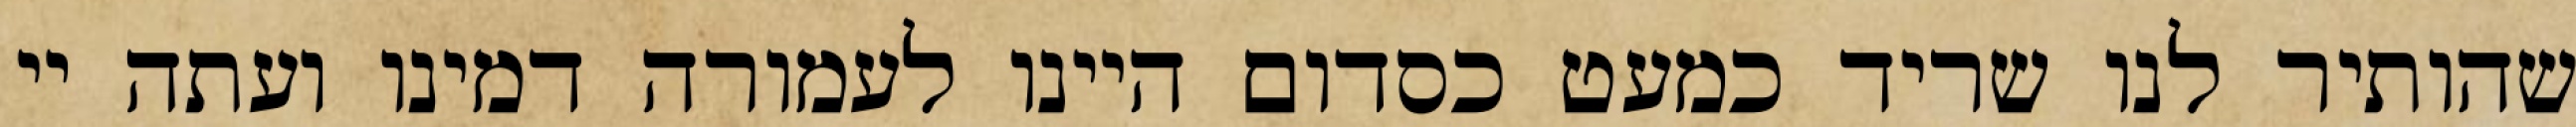
שהותיר לנו שריד כמעט כסדום היינו לעמורה דמינו ועתה יי